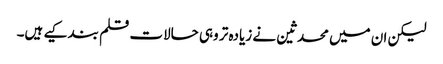
لیکن ان میں محدثین نے زیادہ تر وہی حالات قلم بند کیے ہیں۔